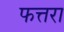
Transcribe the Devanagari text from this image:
फत्तरा